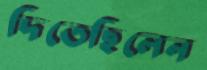
দিতেছিলেন